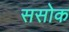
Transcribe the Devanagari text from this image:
ससोक